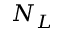
N _ { L }